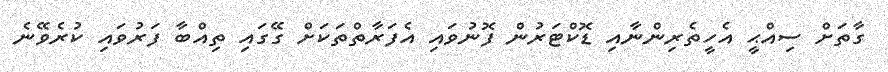
ގާތަށް ސިއްޙީ އެހީތެރިންނާއި ޑޮކްޓަރުން ފޮނުވައި އެފަރާތްތަކަށް ގޭގައި ތިއްބާ ފަރުވައި ކުރެވޭނެ